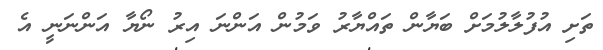
ތަށި އުފުލާލުމަށް ބަޔާން ތައްޔާރު ވަމުން އަންނަ އިރު ނޯޔާ އަންނަނީ އެ